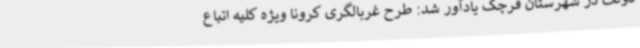
دولت در شهرستان قرچک یادآور شد: طرح غربالگری کرونا ویژه کلیه اتباع